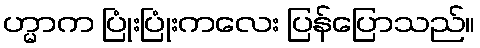
ဟ္မာက ပြုံးပြုံးကလေး ပြန်ပြောသည်။